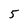
Character: 5